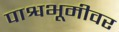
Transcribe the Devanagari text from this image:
पाश्वभूमीवर